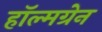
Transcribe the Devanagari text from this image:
हॉल्मग्रेन